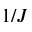
1 / J